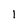
Character: l